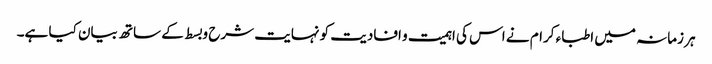
ہر زمانہ میں اطباء کرام نے اس کی اہمیت و افادیت کو نہایت شرح و بسط کے ساتھ بیان کیا ہے۔